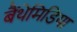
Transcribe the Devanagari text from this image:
बैंथेमिडिया